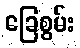
ခြေစွမ်း